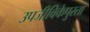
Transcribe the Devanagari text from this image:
उपजीविकेपुरता